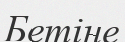
Бетіне